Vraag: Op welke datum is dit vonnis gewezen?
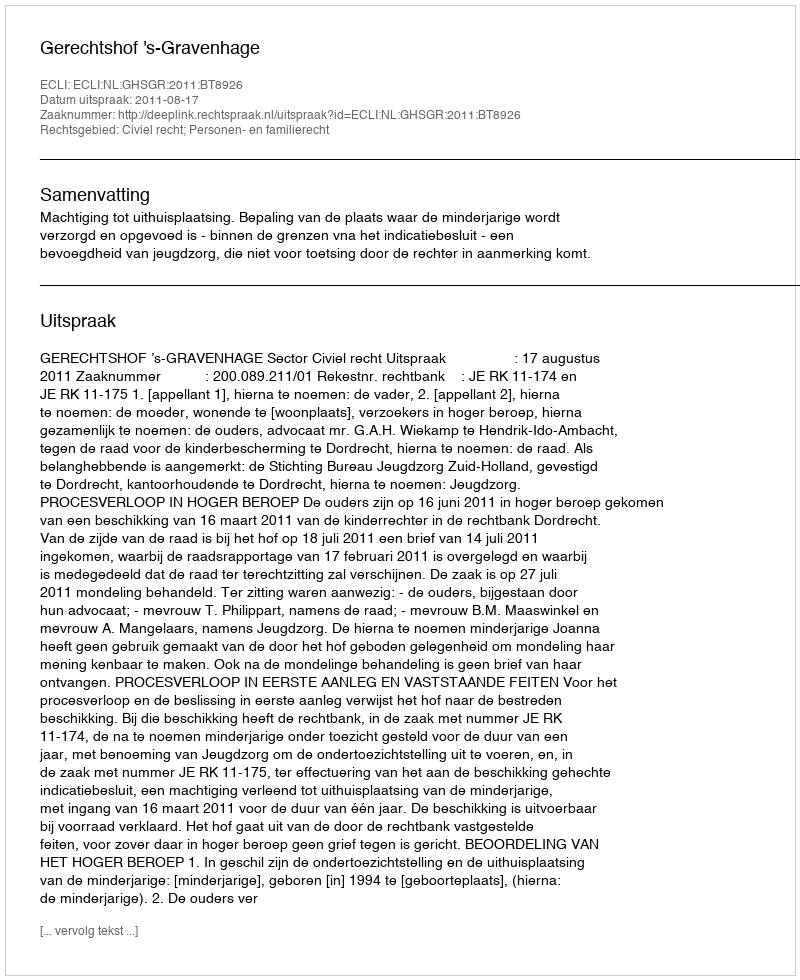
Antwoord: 2011-08-17